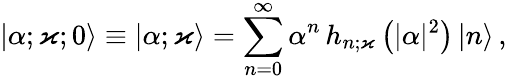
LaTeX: |\alpha;\varkappa;0\rangle\equiv|\alpha;\varkappa\rangle=\sum_{n=0}^{\infty}\alpha^{n}\, h_{n;\varkappa}\left(\vert\alpha\vert^{2}\right)\, |n\rangle\, ,